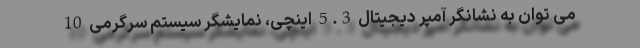
می توان به نشانگر آمپر دیجیتال 5.3 اینچی، نمایشگر سیستم سرگرمی 10